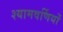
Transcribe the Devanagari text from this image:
श्यामवर्णियों